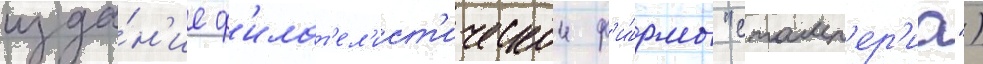
изда́н'ие ф'илат'ел'ист'ическои ф'и́рмы "стамп'ер'иа")